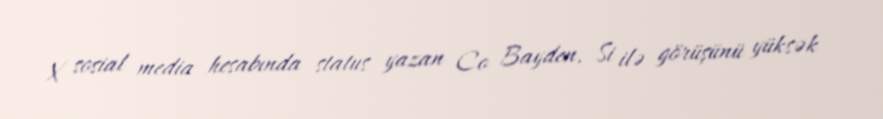
X sosial media hesabında status yazan Co Bayden, Si ilə görüşünü yüksək